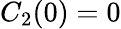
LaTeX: C_{2}(0)=0